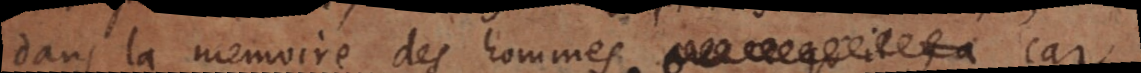
dans la memoire des hommes, car